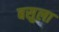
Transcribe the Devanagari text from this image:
बसुला